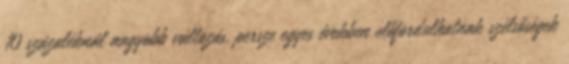
10 százaléknál nagyobb változás, persze egyes években előfordulhatnak szélsőségek